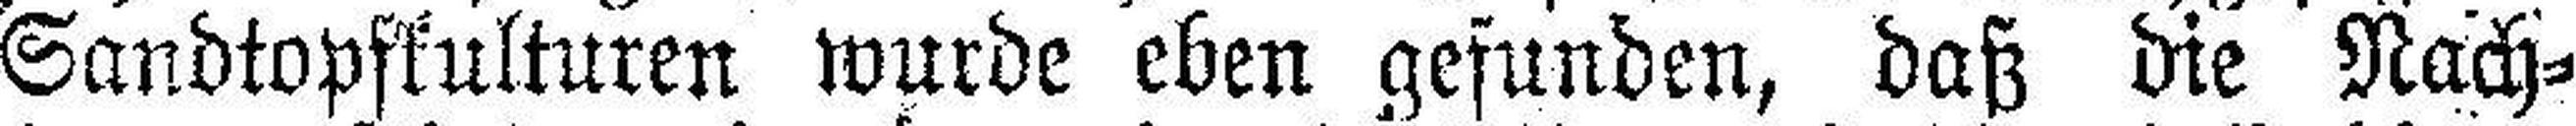
Sandtopfkulturen wurde eben gefunden, daß die Nach¬